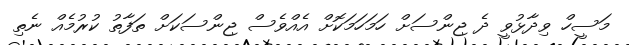
މަސީހް ވިދާޅުވީ ދެ ޖިންސަށް ހަމަހަމަކޮށް އެއްވެސް ޖިންސަކަށް ތަފާތު ކުރުމެއް ނެތި